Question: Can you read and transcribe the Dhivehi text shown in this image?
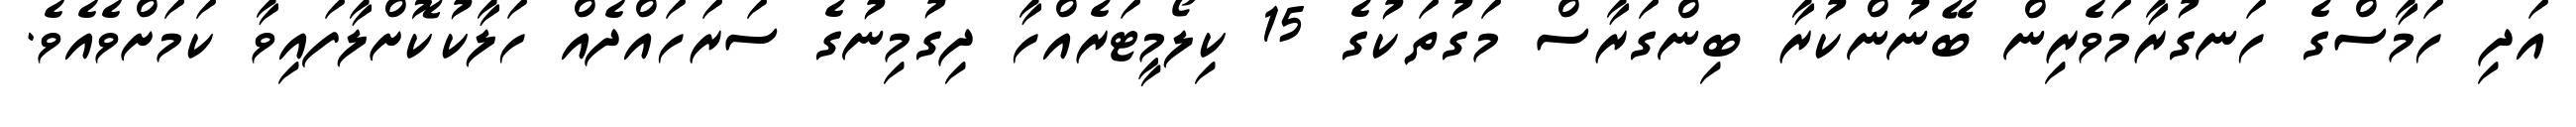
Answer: އަދި ހަމާސްގެ ހަނގުރާމަވެރިން ބޭނުންކުރާ ބިންގަރާސް މަގުތަކުގެ 15 ކިލޯމީޓަރެއްހާ ދިގުމިނުގެ ސަރަހައްދެއް ހަލާކުކޮށްލާފައިވާ ކަމަށްވެއެވެ.